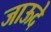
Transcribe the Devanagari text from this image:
जाऊदे